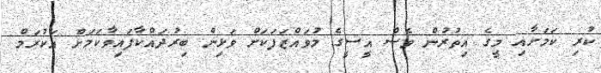
ކުރި ކަމަށާއި މީގެ އިތުރުން ވެސް އީސީގެ މުވައްޒަފަކަށް ވަޅިން ބިރުދައްކާފައިވާކަމަށް އަކުރަމް